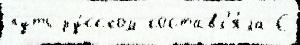
путь ру́сском составл'я́ла С